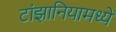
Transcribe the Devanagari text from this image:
टांझानियामध्ये